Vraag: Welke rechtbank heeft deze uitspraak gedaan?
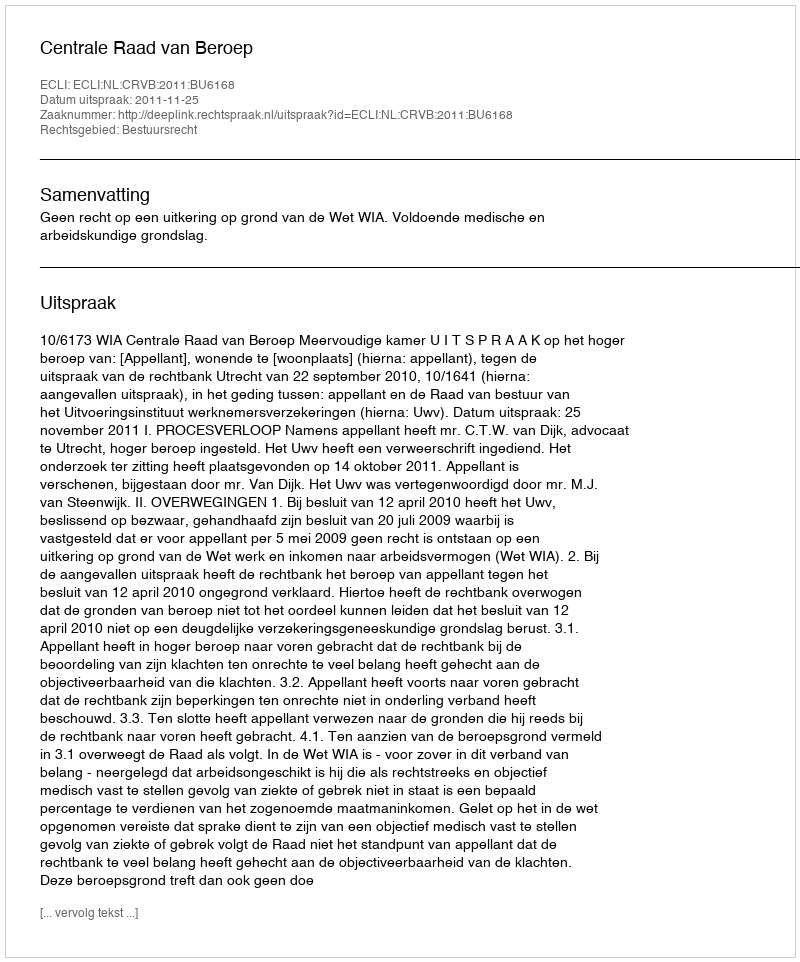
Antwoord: Centrale Raad van Beroep